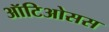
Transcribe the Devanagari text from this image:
ऑटिओसस